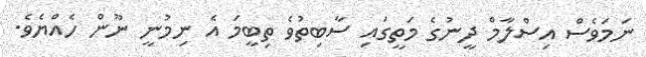
ނަމަވެސް އިސްލާމް ދީނުގެ މަތީގައި ސާބިތުވެ ތިބީމަ އެ ނިމުނީ ނޫން ހެއްޔެވެ.